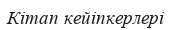
Кітап кейіпкерлері